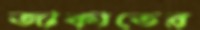
জাকাতের